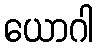
ယောဂါ